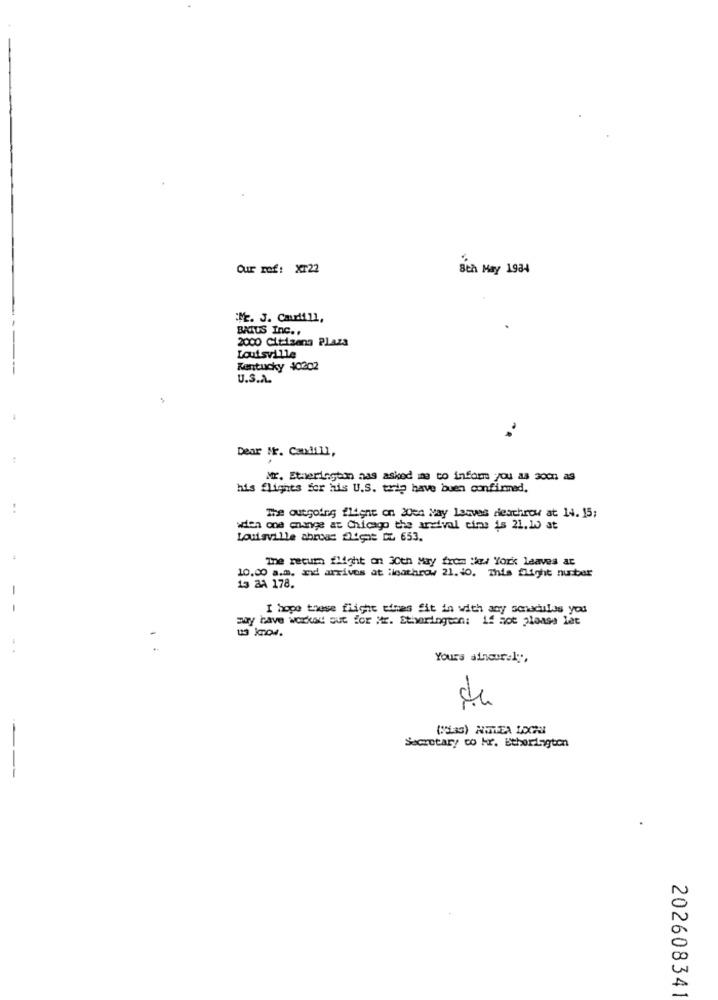
Our rof: X122
8th May 1934
:M. J. Cardi 11,
BATUS Inc ..
2000 Citizens Plaza
Louisville
Kentucky 40202
U.S.A.
Dear Mr. Candill,
Mr. Etherington nas asked me to inform you as soon as
his flights for his U.S. trip have buen confirmed.
The outgoing flyene on 20en May lasves dieachrow at 14. 15;
wien one change at Chicago the arrival time is 21. 10 at
Louisville abruas fligt L 653.
The recum flight on 30th May from "kr York leaves at
10.00 a.m. and arrives at :igathrow 21. 40. This flight number
13 8A 178.
I hope these flight tihas Sit in with any seraciles you
may have worked out for Mr. Stharington: 14 hot ploass lat
Yours athosraly,
de
(33) NIELEA LOGIN
Secretary co Hr. Etherington
202608341